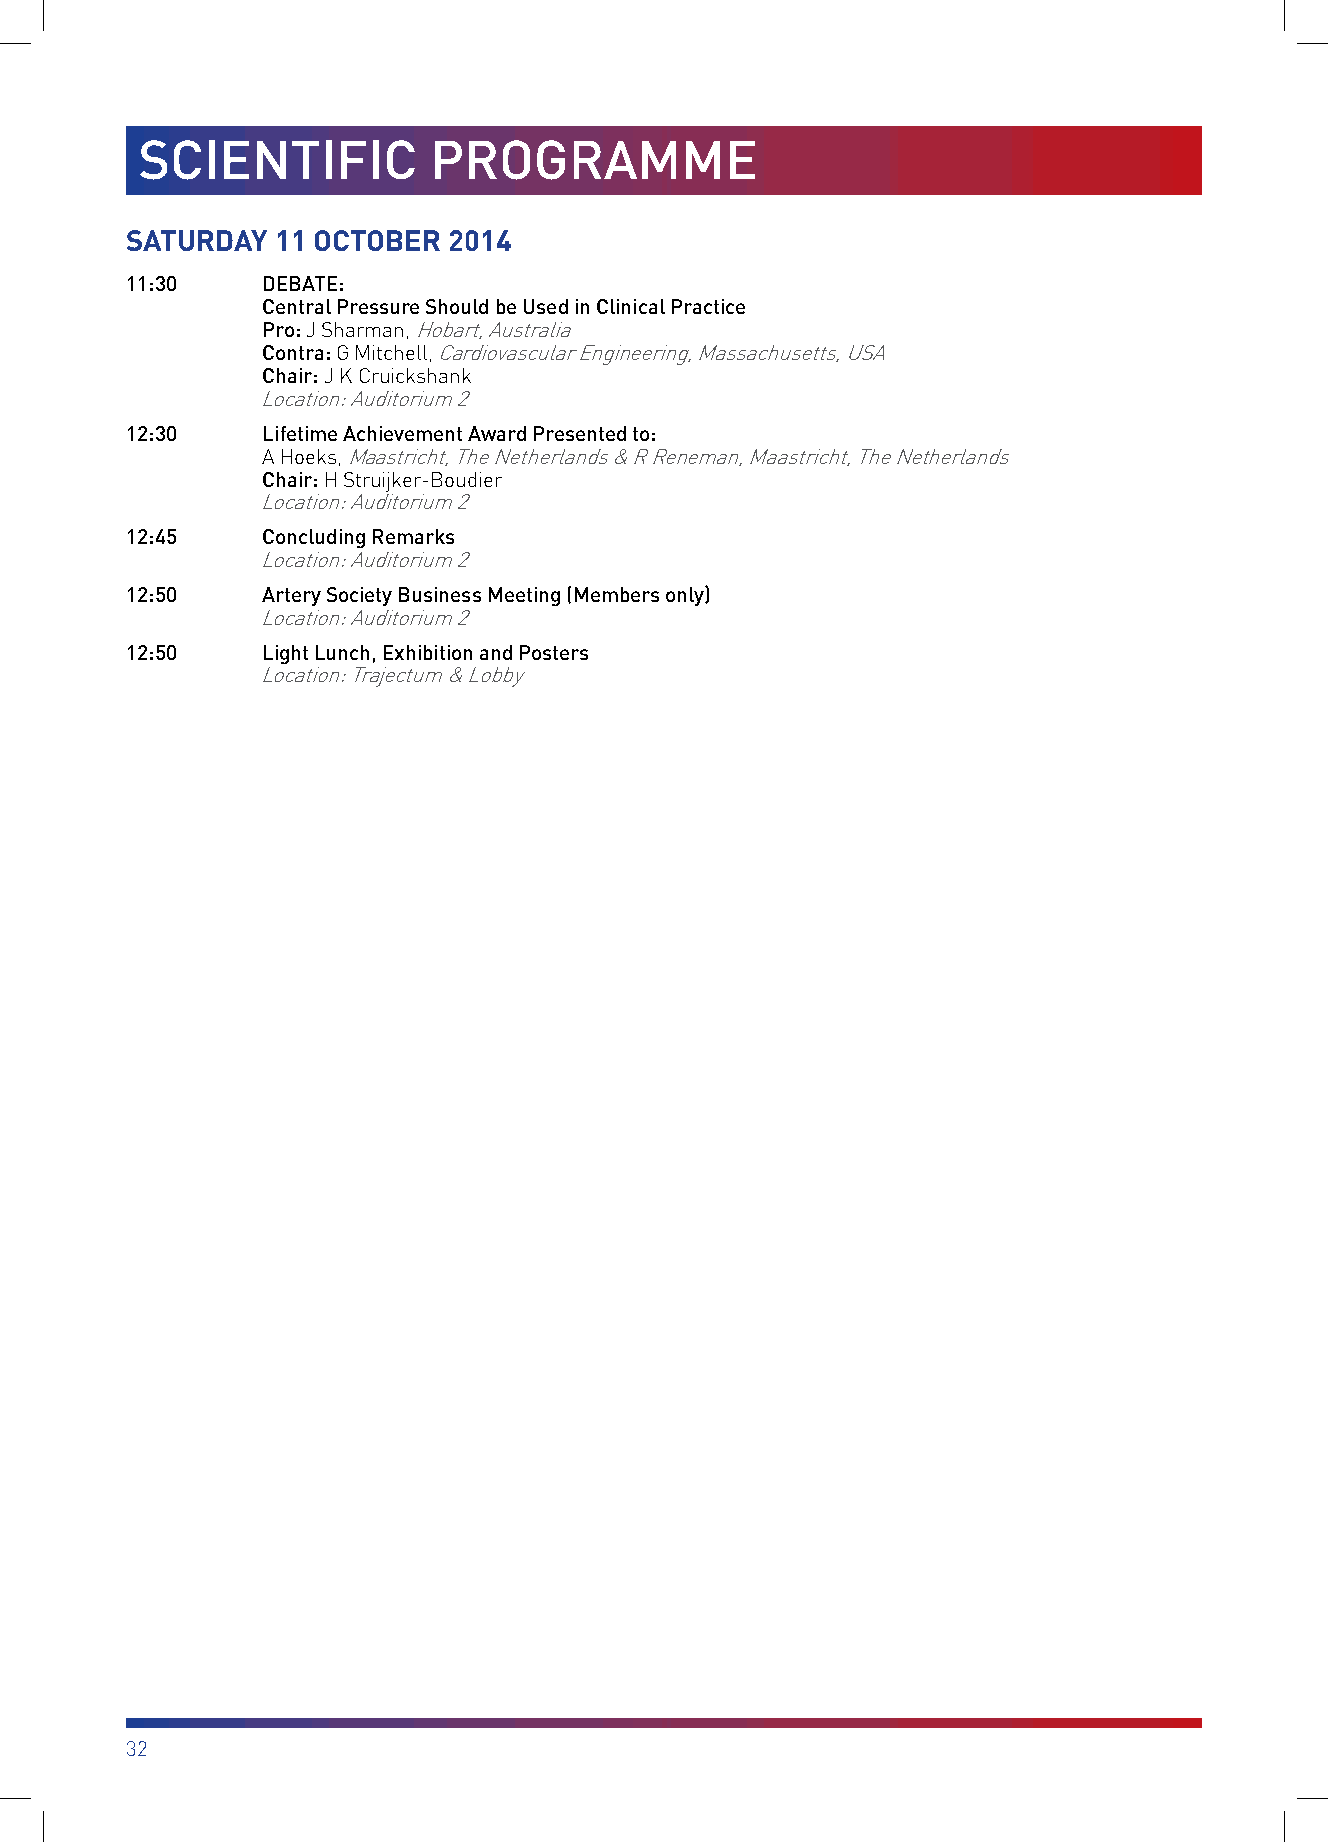
SCIENTIFIC         PROGRAMME
 SATURDAY  11 OCTOBER  2014
 11:30    DEBATE:
 Central Pressure Should be Used in Clinical Practice
 Pro: J Sharman, Hobart, Australia
 Contra: G Mitchell, Cardiovascular Engineering, Massachusetts, USA
 Chair: J K Cruickshank
 Location: Auditorium 2
 12:30    Lifetime Achievement Award Presented to:
 A Hoeks, Maastricht, The Netherlands & R Reneman, Maastricht, The Netherlands
 Chair: H Struijker-Boudier
 Location: Auditorium 2
 12:45    Concluding Remarks
 Location: Auditorium 2
 12:50    Artery Society Business Meeting (Members only)
 Location: Auditorium 2
 12:50    Light Lunch, Exhibition and Posters
 Location: Trajectum & Lobby
 32